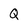
Character: Q